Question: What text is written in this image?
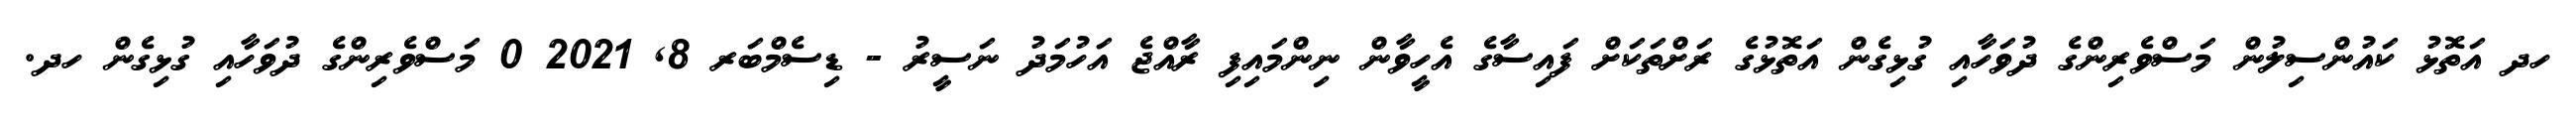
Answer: ހދ އަތޮޅު ކައުންސިލުން މަސްވެރިންގެ ދުވަހާއި ގުޅިގެން އަތޮޅުގެ ރަށްތަކަށް ފައިސާގެ އެހީވާން ނިންމައިފި ރާއްޖެ އަހުމަދު ނަސީރު - ޑިސެމްބަރ 8, 2021 0 މަސްވެރިންގެ ދުވަހާއި ގުޅިގެން ހދ.